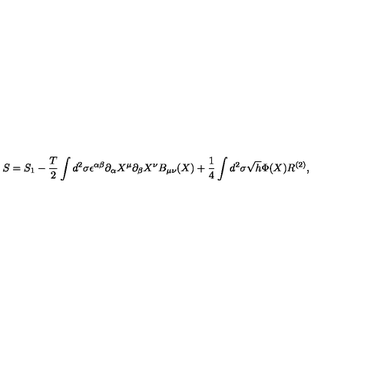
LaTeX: S = S _ { 1 } - \frac { T } { 2 } \int d ^ { 2 } \sigma \epsilon ^ { \alpha \beta } \partial _ { \alpha } X ^ { \mu } \partial _ { \beta } X ^ { \nu } B _ { \mu \nu } ( X ) + \frac { 1 } { 4 } \int d ^ { 2 } \sigma \sqrt { h } \Phi ( X ) R ^ { ( 2 ) } ,